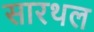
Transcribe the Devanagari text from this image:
सारथल